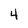
Character: 4